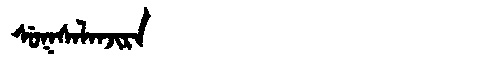
Manchu: ᠰᡠᡴᠰᠠᠯᠠᠨᠵᡳᡵᠠ
Romanization: SUKSALANJIRA